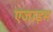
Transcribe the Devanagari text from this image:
एजाइम